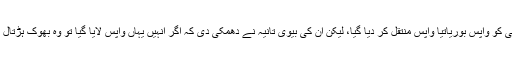
اسی وجہ سے یولی کو واپس بوریاتیا واپس منتقل کر دیا گیا، لیکن ان کی بیوی تانیہ نے دھمکی دی کہ اگر انہیں یہاں واپس لایا گیا تو وہ بھوک ہڑتال پر بیٹھ جائیں گی۔